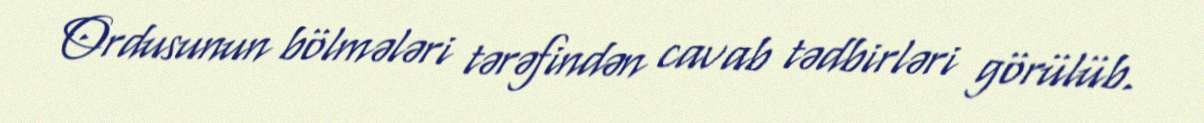
Ordusunun bölmələri tərəfindən cavab tədbirləri görülüb.